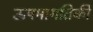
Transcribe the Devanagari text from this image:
ऊषमागतिकी